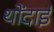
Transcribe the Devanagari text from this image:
थोंदाई